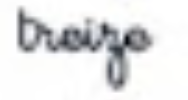
treize